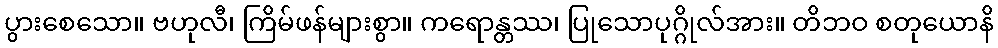
ပွားစေသော။ ဗဟုလီ၊ ကြိမ်ဖန်များစွာ။ ကရောန္တဿ၊ ပြုသောပုဂ္ဂိုလ်အား။ တိဘဝ စတုယောနိ